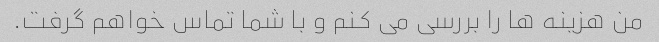
من هزینه ها را بررسی می کنم و با شما تماس خواهم گرفت.